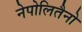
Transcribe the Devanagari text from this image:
नेपोलितैनो